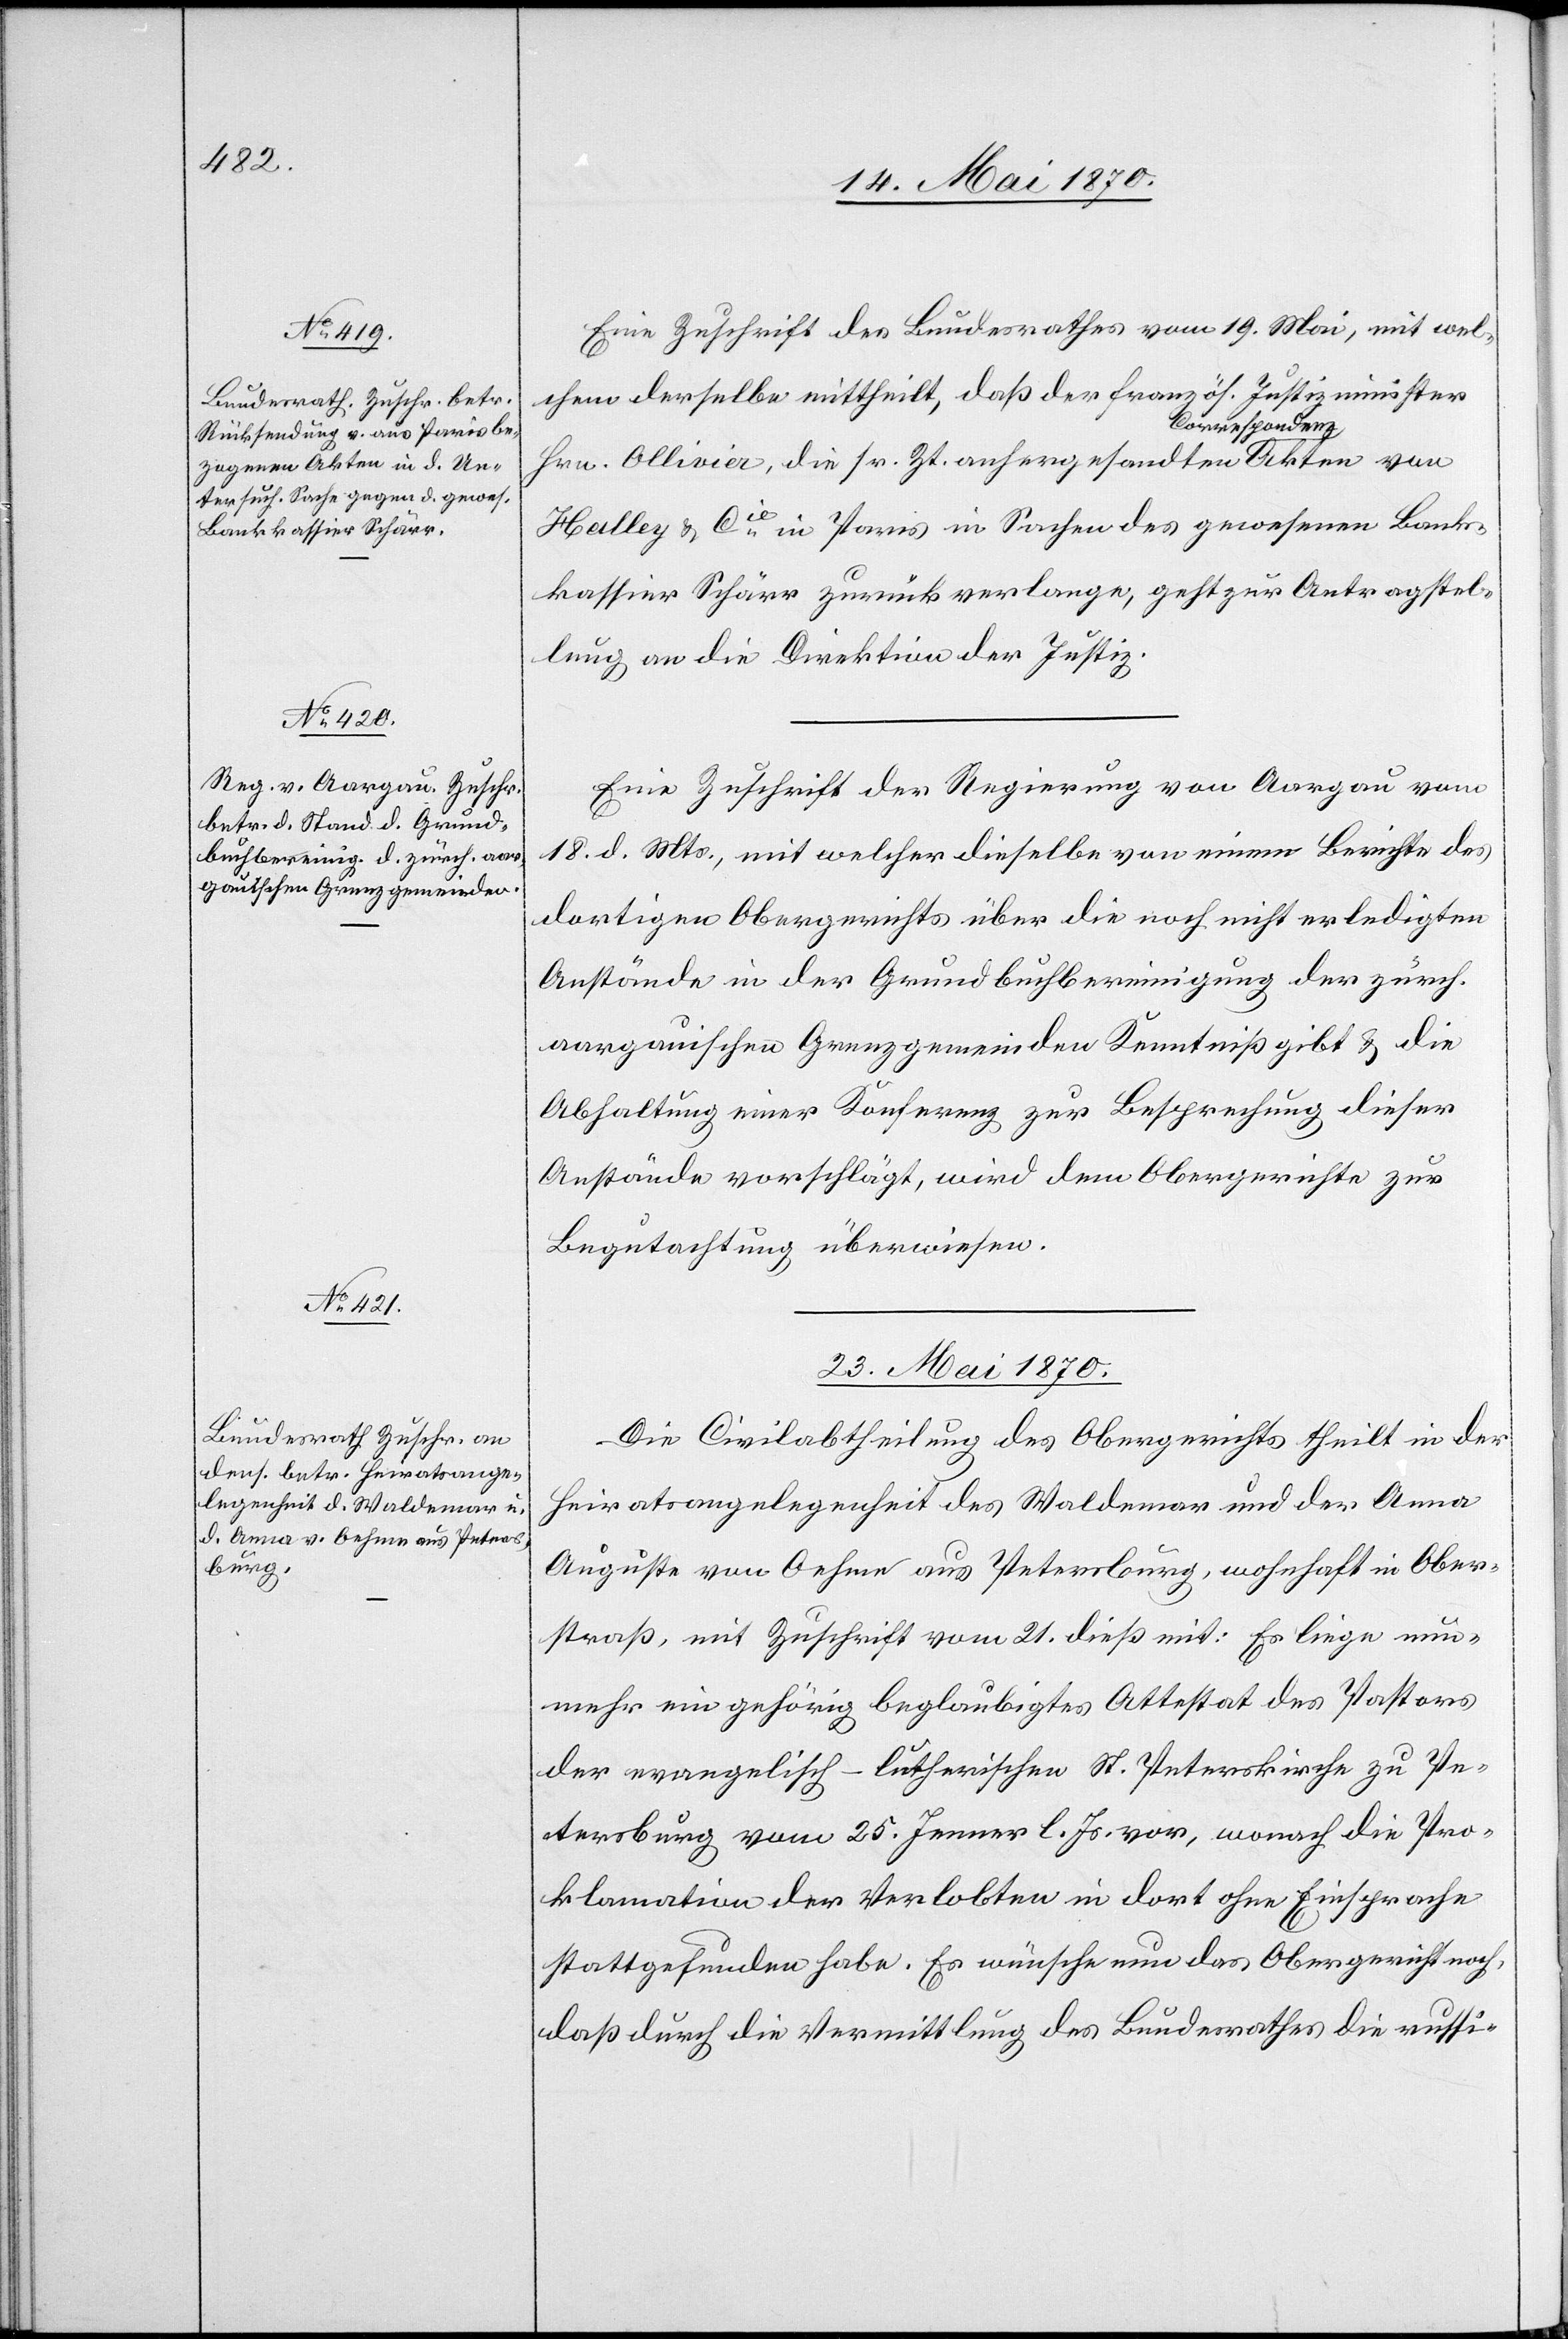
denz

21. Mai 1870.]
Eine Zuschrift des Bundesrathes vom 19. Mai, mit wel¬
chem derselbe mittheilt, daß der französ. Justizminister
Hrn. Ollivier, die sr. Zt. anhergesandten Correspon¬
Halley & Cie in Paris in Sachen des gewesenen Bank¬
kassier Schärr zurückverlange, geht zur Antragstel¬
lung an die Direktion der Justiz.
Eine Zuschrift der Regierung von Aargau vom
18. d. Mts., mit welcher dieselbe von einem Berichte des
dortigen Obergerichts über die noch nicht erledigten
Anstände in der Grundbuchbereinigung der zürch.
aargauischen Grenzgemeinden Kenntniß gibt & die
Abhaltung einer Konferenz zur Besprechung dieser
Anstände vorschlägt, wird dem Obergerichte zur
Begutachtung überwiesen.
23. Mai 1870.
Die Civilabtheilung des Obergerichts theilt in der
Heiratsangelegenheit des Waldemar und der Anna
Auguste von Oehme aus Petersburg, wohnhaft in Ober¬
straß, mit Zuschrift vom 21. dieß mit: Es liege nun¬
mehr ein gehörig beglaubigtes Attestat des Pastors
der evangelisch-lutherischen St. Peterskirche zu Pe¬
tersburg vom 25. Jenner l. Js. vor, wonach die Pro¬
klamation der Verlobten in dort ohne Einsprache
stattgefunden habe. Es wünsche nun das Obergericht noch,
daß durch die Vermittlung des Bundesrathes die russi-